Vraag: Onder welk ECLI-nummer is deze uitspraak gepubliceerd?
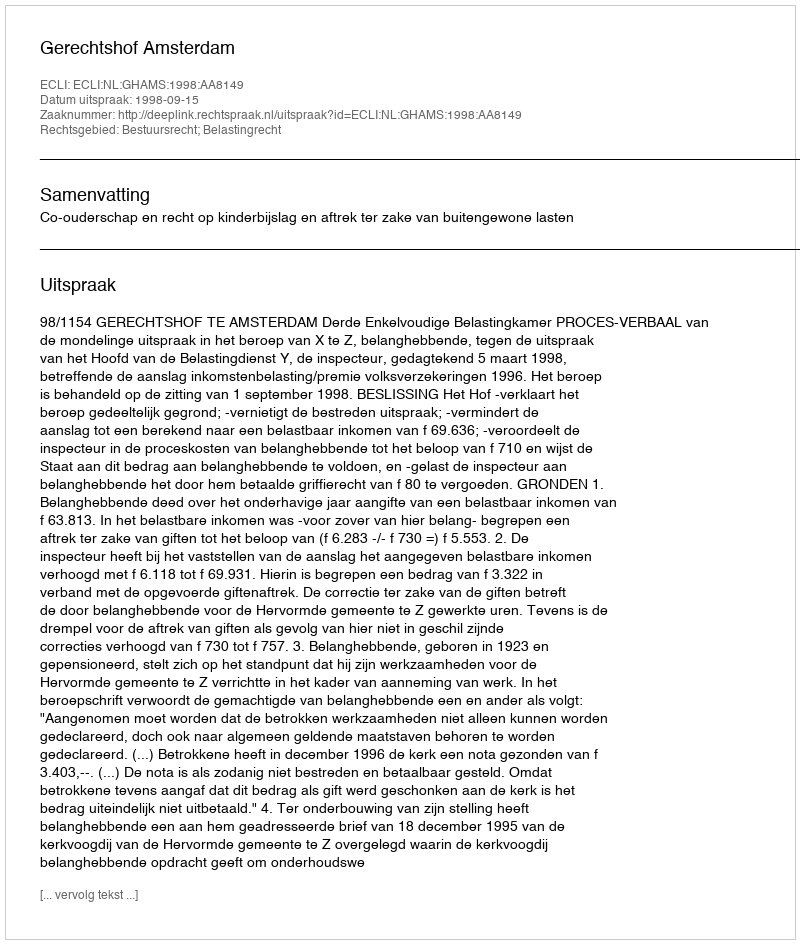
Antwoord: ECLI:NL:GHAMS:1998:AA8149